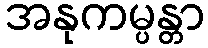
အနုကမ္ပန္တာ